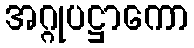
အဂ္ဂုပဋ္ဌာကော